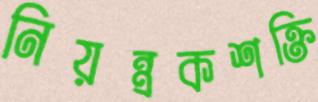
নিয়ন্ত্রকশক্তি